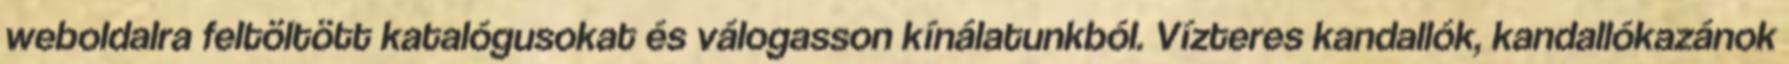
weboldalra feltöltött katalógusokat és válogasson kínálatunkból. Vízteres kandallók, kandallókazánok